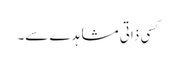
کسی ذاتی مشاہدے سے۔